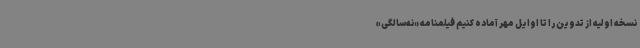
نسخه اولیه از تدوین را تا اوایل مهر آماده کنیم فیلمنامه «نه‌سالگی»